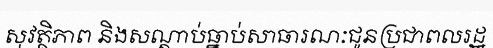
សុវត្ថិភាព និងសណ្តាប់ធ្នាប់សាធារណៈជូនប្រជាពលរដ្ឋ